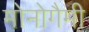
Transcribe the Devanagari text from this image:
मोनोगैमी